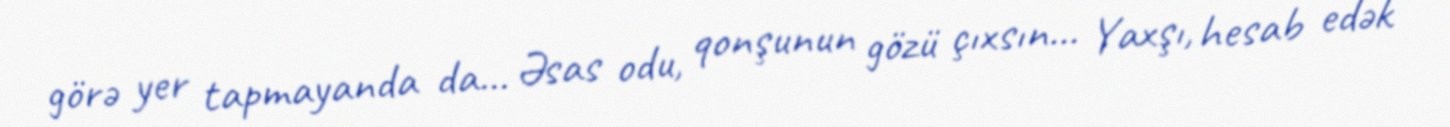
görə yer tapmayanda da... Əsas odu, qonşunun gözü çıxsın... Yaxşı, hesab edək